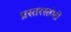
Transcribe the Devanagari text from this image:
प्रस्तरस्तंभों